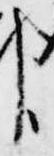
臣